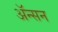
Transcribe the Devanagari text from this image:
ॲन्सन